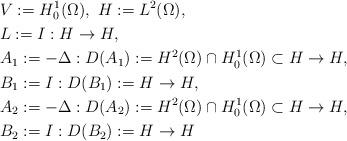
LaTeX: \begin{align*}&V:=H_{0}^1(\Omega),\ H:=L^2(\Omega), \\ &L := I : H \to H, \\ &A_{1} := - \Delta : D(A_{1}):=H^2(\Omega) \cap H_{0}^{1}(\Omega)\subset H \to H, \\ &B_{1} := I : D(B_{1}):=H \to H, \\ &A_{2} := - \Delta : D(A_{2}):=H^2(\Omega) \cap H_{0}^{1}(\Omega)\subset H \to H, \\ &B_{2} := I : D(B_{2}):=H \to H \end{align*}